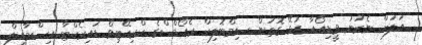
އަލަށް ނެރުނު ވީޑިއޯއާ ގުޅޭ ގޮތުން ސިމްބޮލިކް ރެކޯޑްސްގެ ކްރިއޭޓިވް ޑައިރެކްޓާ އިސްމާއިލް